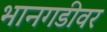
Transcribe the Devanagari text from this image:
भानगडीवर